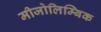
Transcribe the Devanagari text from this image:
मीजोलिम्बिक